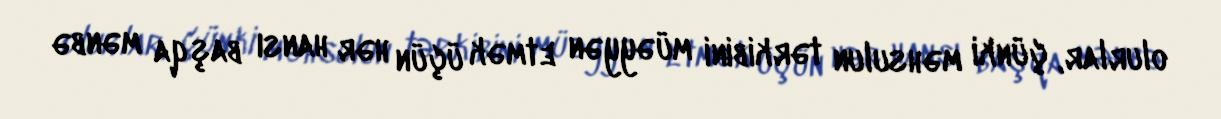
olurlar, çünki məhsulun tərkibini müəyyən etmək üçün hər hansı başqa mənbə